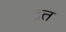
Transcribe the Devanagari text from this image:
द्रत